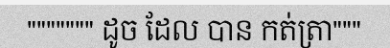
""""""" ដូច ដែល បាន កត់ត្រា"""